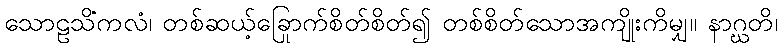
သောဠသိံကလံ၊ တစ်ဆယ့်ခြောက်စိတ်စိတ်၍ တစ်စိတ်သောအကျိုးကိုမျှ။ နာဂ္ဃတိ၊